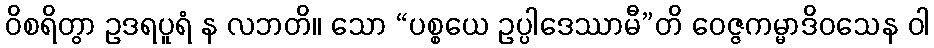
ဝိစရိတွာ ဥဒရပူရံ န လဘတိ။ သော “ပစ္စယေ ဥပ္ပါဒေဿာမီ”တိ ဝေဇ္ဇကမ္မာဒိဝသေန ဝါ